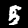
Label: 5